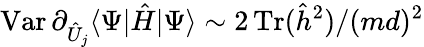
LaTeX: \operatorname{Var}\partial_{\hat{U}_{j}}\langle\Psi|\hat{H}|\Psi\rangle\sim 2\operatorname{Tr}(\hat{h}^{2})/(md)^{2}